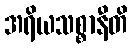
အရိယသစ္စာနီတိ